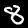
Digit: 8